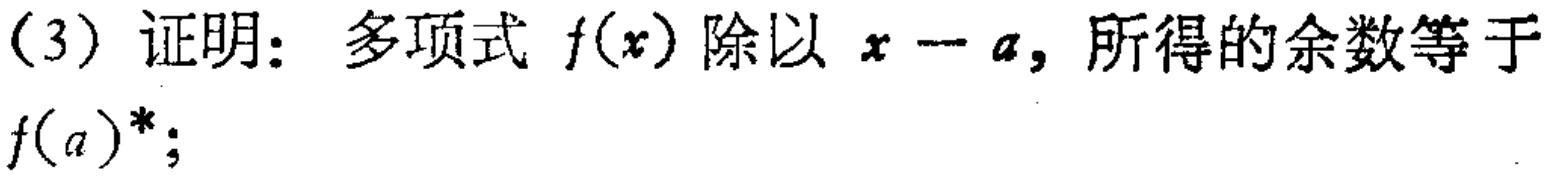
(3) 证明：多项式 \(f(x)\) 除以 \(x - a\)，所得的余数等于 \(f(a)^*\)；